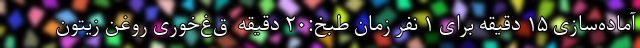
آماده‌سازی ۱۵ دقیقه برای ۱ نفر زمان طبخ:۲۰ دقیقه  ق‌غ‌خوری روغن زیتون